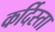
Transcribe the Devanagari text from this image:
कर्दिस्ता